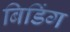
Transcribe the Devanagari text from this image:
बिडिंग